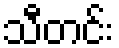
သီတင်း